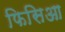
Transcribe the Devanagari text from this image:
फिसिआ